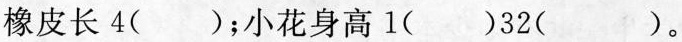
橡皮长4（）；小花身高1（）32（）。